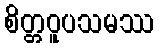
စိတ္တဝူပသမဿ